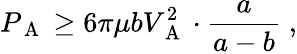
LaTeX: P_{\mathrm{~A~}}\geq 6\pi\mu bV_{\mathrm{~A~}}^{2}\cdot\frac a{a-b}\; ,